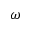
\omega